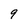
Character: 9